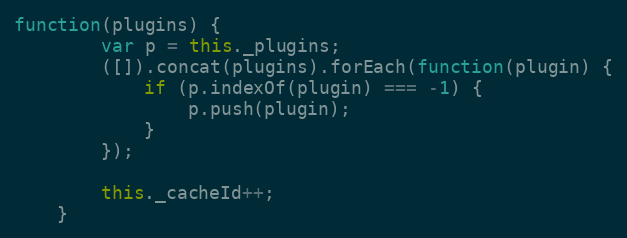
Language: JavaScript
function(plugins) {
		var p = this._plugins;
		([]).concat(plugins).forEach(function(plugin) {
			if (p.indexOf(plugin) === -1) {
				p.push(plugin);
			}
		});

		this._cacheId++;
	}